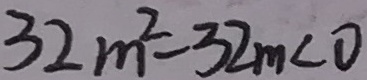
3 2 m ^ { 2 } - 3 2 m < 0